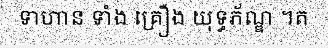
ទាហាន ទាំង គ្រឿង យុទ្ធភ័ណ្ឌ ។ត